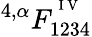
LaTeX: ^{4,\alpha}F_{1234}^{^{\mathrm{~I~V~}}}